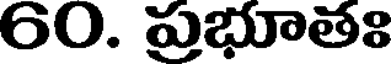
60. ప్రభూతః